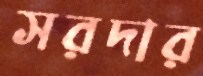
সরদার